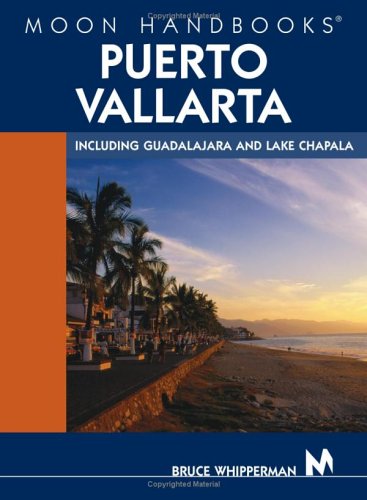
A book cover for Moon Handbooks Puerto Vallarta: Including Guadalajara and Lake Chapala; Bruce Whipperman; Travel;